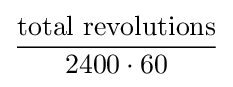
{\frac {{\text{total}}\ {\text{revolutions}}}{2400\cdot 60}}